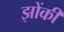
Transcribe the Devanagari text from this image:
झोंकी